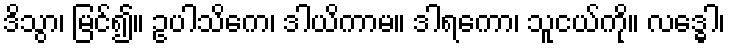
ဒိသွာ၊ မြင်၍။ ဥပါသိကေ၊ ဒါယိကာမ။ ဒါရကော၊ သူငယ်ကို။ လဒ္ဓေါ၊